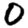
Digit: 0